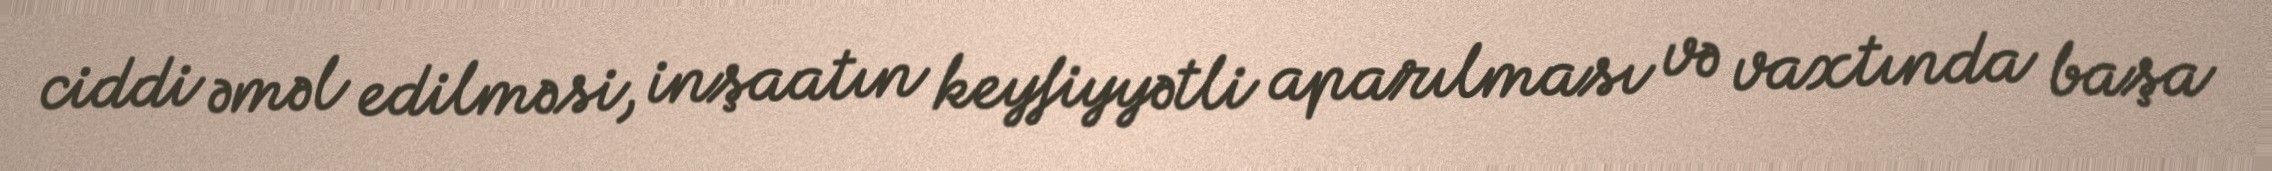
ciddi əməl edilməsi, inşaatın keyfiyyətli aparılması və vaxtında başa